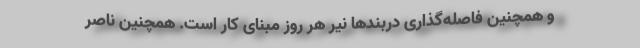
و همچنین فاصله‌گذاری دربند‌ها نیر هر روز مبنای کار است. همچنین ناصر